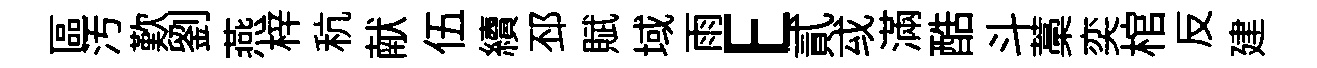
區汚歎劉燕梓秔献伍續邳賦域雨E貳㦯滿酷斗藁奕棺反建